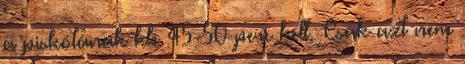
a piskótának kb 45-50 perc kell. Csak azt nem